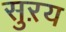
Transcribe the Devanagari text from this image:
सुऱय